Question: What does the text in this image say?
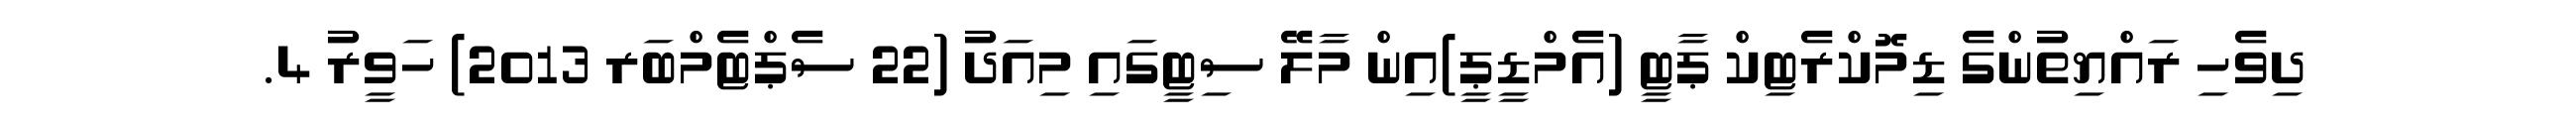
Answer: ދިވެހި ރައްޔިތުންގެ ޑިމޮކްރެޓިކް ޕާޓީ (އެމްޑީޕީ)އިން މާލޭ ސިޓީގައި މިއަދު (22 ސެޕްޓެމްބަރ 2013) ހަވީރު 4.